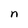
Character: n